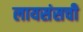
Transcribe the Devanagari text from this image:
लायसंसची